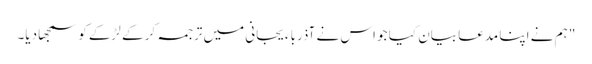
" ہم نے اپنا مدعا بیان کیا جو اس نے آذرباءیجانی میں ترجمہ کر کے لڑکے کو سمجھا دیا۔